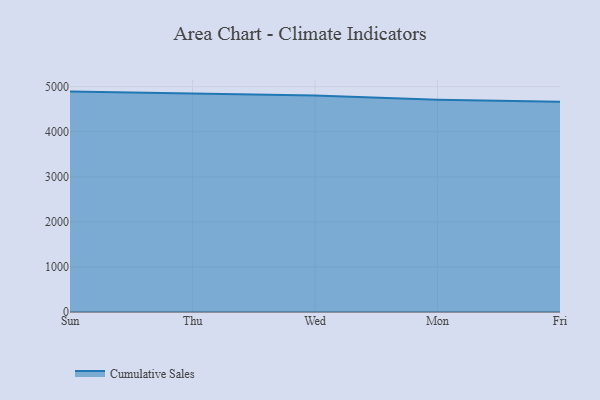
{"axis": {"x": "Day", "y": "Active Users"}, "legend": ["Cumulative Sales"], "data": [{"x": "Sun", "y": 4890.9, "type": "Cumulative Sales"}, {"x": "Thu", "y": 4845.3, "type": "Cumulative Sales"}, {"x": "Wed", "y": 4806.0, "type": "Cumulative Sales"}, {"x": "Mon", "y": 4710.4, "type": "Cumulative Sales"}, {"x": "Fri", "y": 4668.3, "type": "Cumulative Sales"}]}